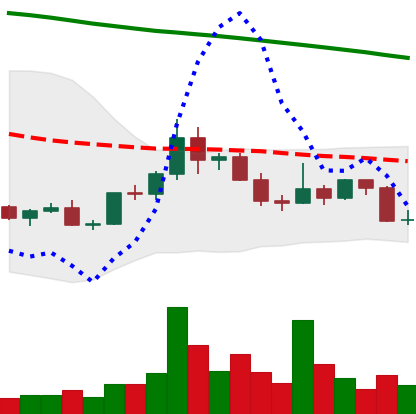
Ticker: DOGE-USD
Chart end date: 2022-02-18
Forward return: -7.871%
Label: down_7plus